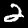
Digit: 2